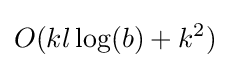
O(kl\log(b)+k^{2})